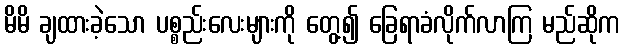
မိမိ ချထားခဲ့သော ပစ္စည်းလေးများကို တွေ့၍ ခြေရာခံလိုက်လာကြ မည်ဆိုက